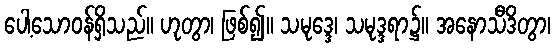
ပေါ့သောဝန်ရှိသည်။ ဟုတွာ၊ ဖြစ်၍။ သမုဒ္ဒေ၊ သမုဒ္ဒရာ၌။ အနောသီဒိတွာ၊